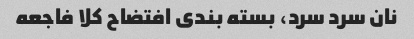
نان سرد سرد، بسته بندی افتضاح کلا فاجعه